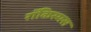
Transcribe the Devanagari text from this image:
रॉकिस्मस